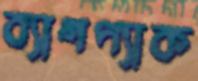
ব্যাগপ্যাক